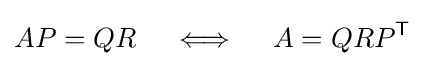
AP=QR\quad \iff \quad A=QRP^{\textsf {T}}